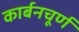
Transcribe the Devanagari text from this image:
कार्बनचूर्ण